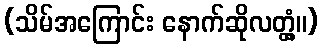
(သိမ်အကြောင်း နောက်ဆိုလတ္တံ့။)